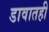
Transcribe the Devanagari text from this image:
डावातही